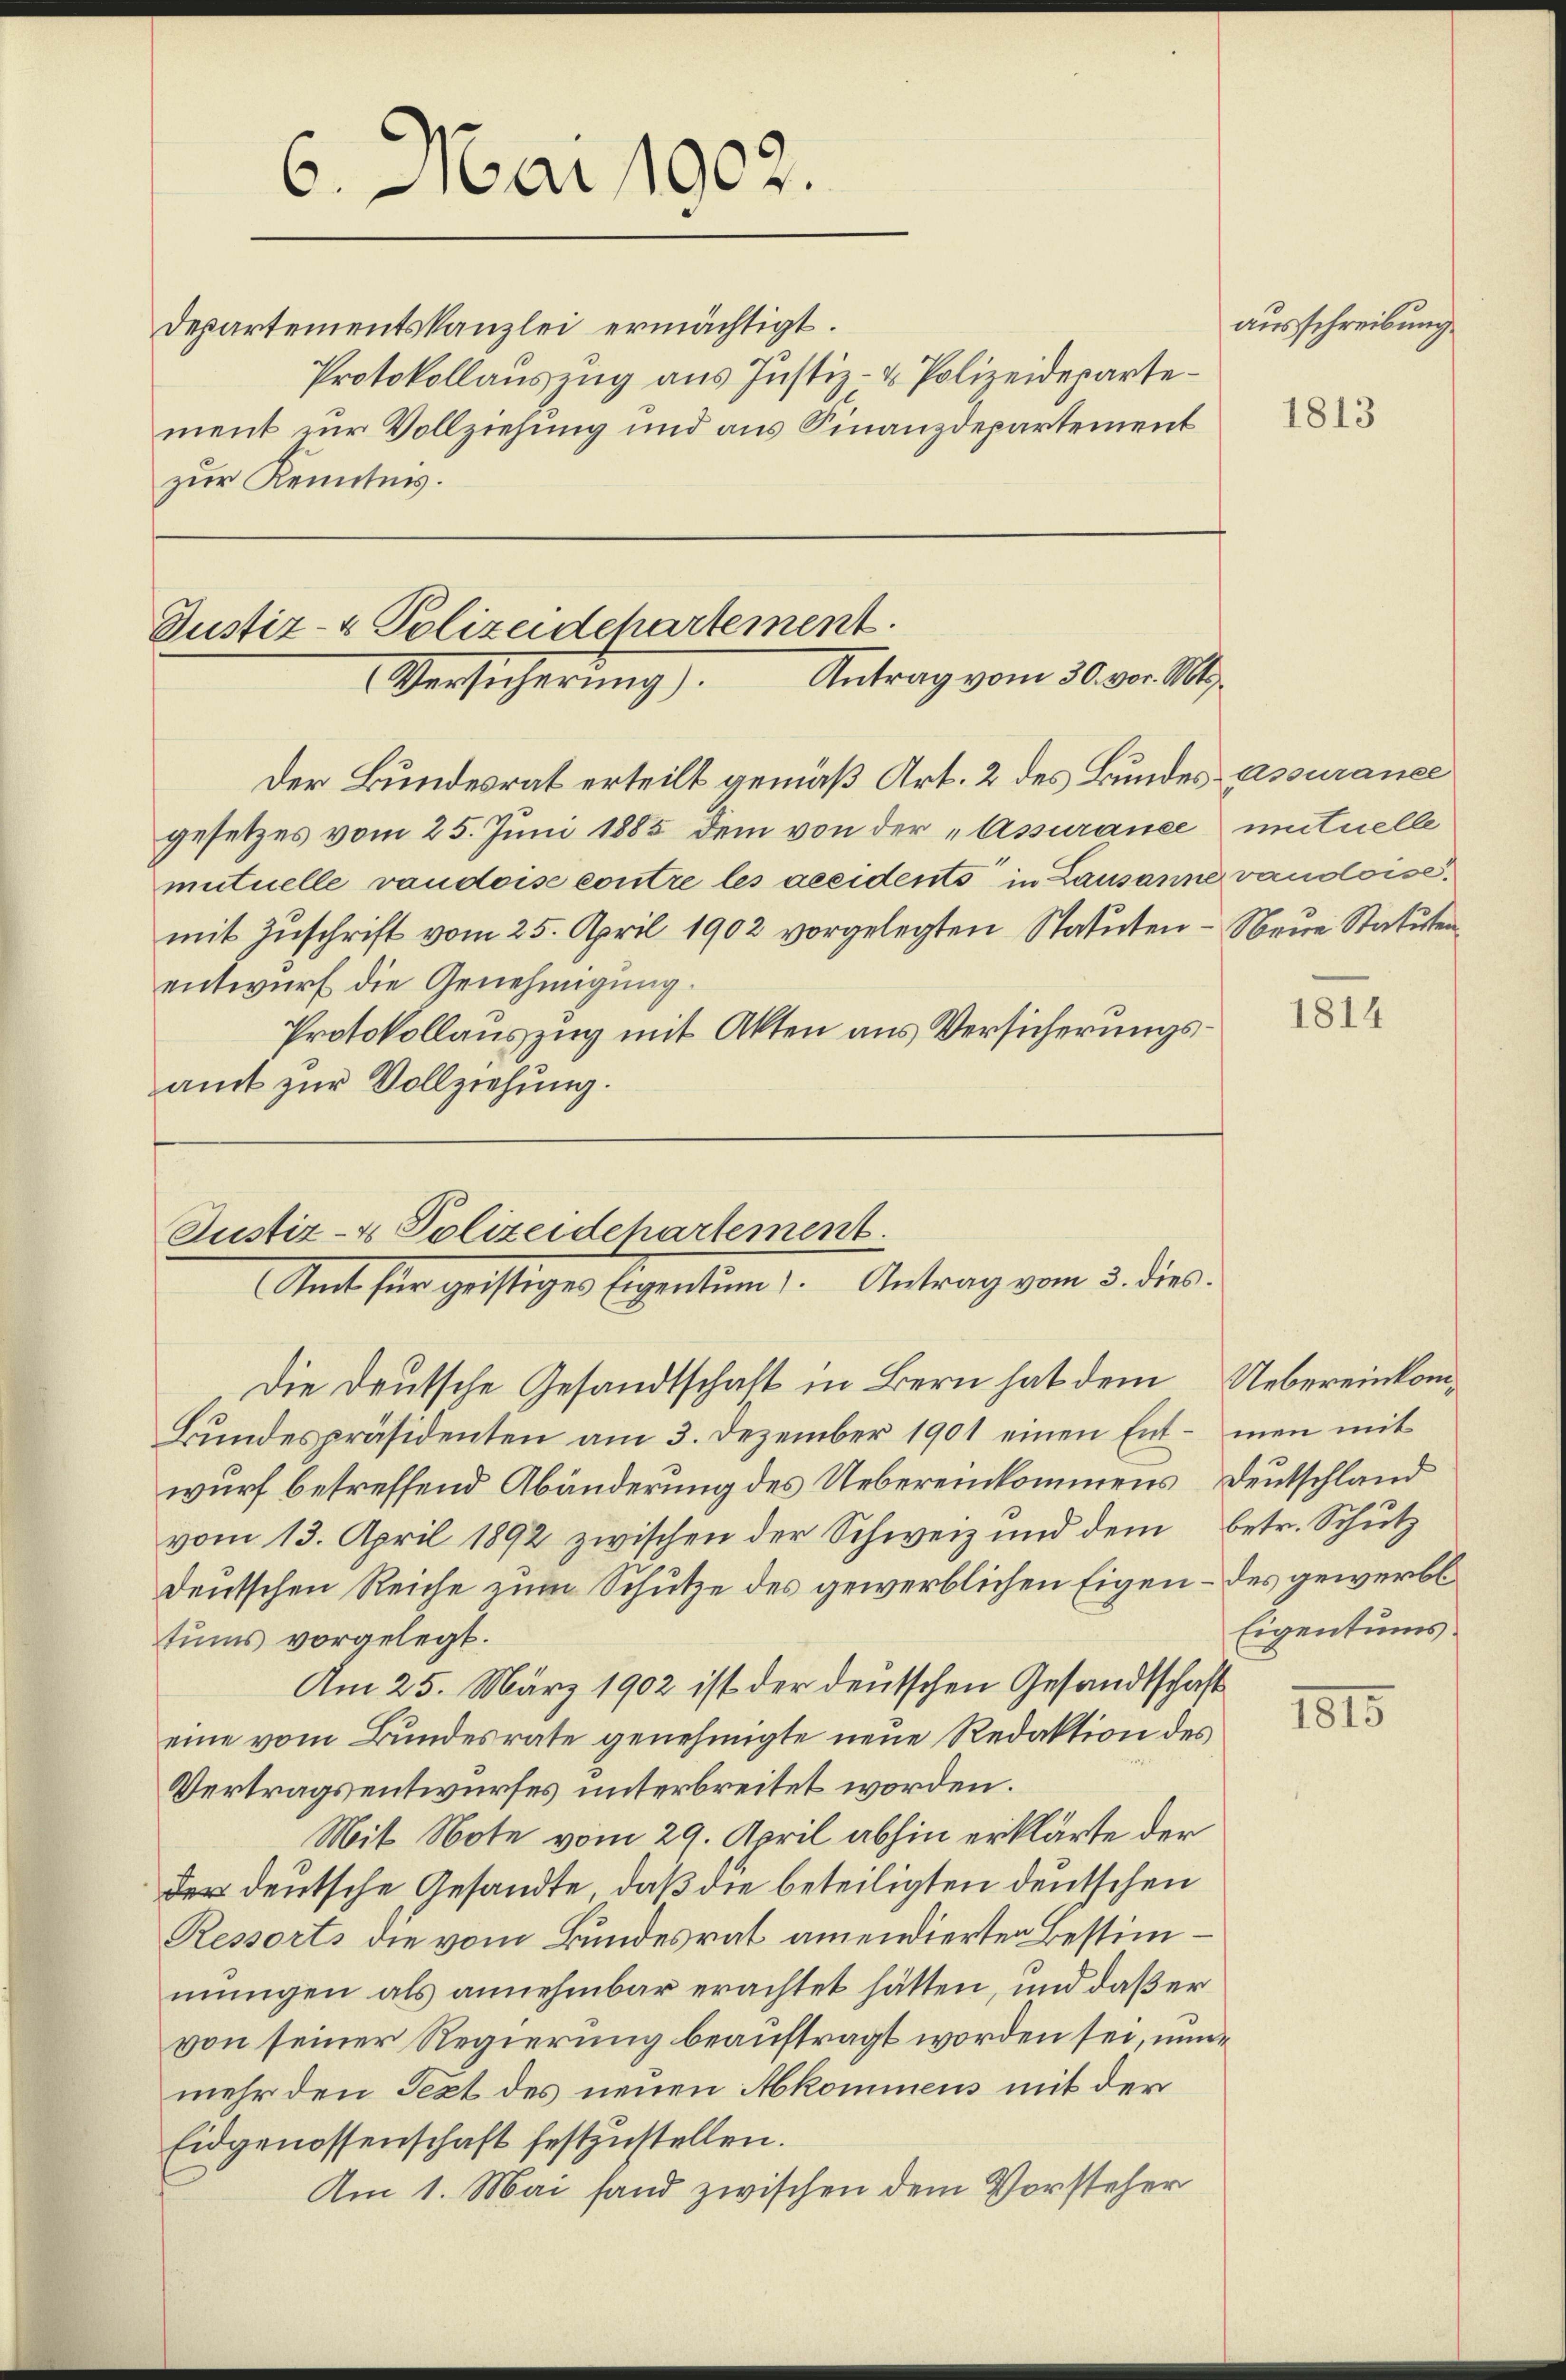
6. Mai 1902.

Departementskanzlei ermächtigt.
Protokollauszug aus Justiz- & Polizeidepartement zur Vollziehung und aus Finanzdepartement
zur Kenntnis.

Justiz- & Polizeidchartement.
Antrag vom 30. vor. Mts.
Versicherŭng

Der Bundesrat erteilt gemäß Art. 2 des Bundes assurance
gesetzes vom 25. Juni 1885 dem von der „Assurance intuelle
mutuelle vaudoise contre les geeidents in Lausanne vaudoise.
mit Zuschrift vom 25. April 1902 vorgelegten Statuten - Neue Statuten
entwurf die Genehmigung.
Protokollauszug mit Akten aus Versicherungsamt zur Vollziehung.

Justiz- & Polizeidepartement.
Amt für geistiges Eigentum). Antrag vom 3. dies:
Die Deutsche Gesandtschaft in Bern hat dem Uebereinkom¬

Bŭndespräsidenten am 3. Dezember 1901 einen Ent- man mit
wurf betreffend Abänderung des Uebereinkommens Deutschland
vom 13. April 1892 zwischen der Schweiz und dem betr. Schutz
deutschen Reiche zum Schutze des gewerblichen Eigen – des gewerbl
tums vorgelegt.
Am 25. März 1902 ist der deutschen Gesandtschaft
eine vom Bundesrate genehmigte neue Redaktion des
Vertragsentwurfes unterbreitet worden.
Mit Note vom 29. April abhin erklärte der
der deutsche Gesandte, daß die beteiligten deutschen
Ressorts die vom Bundesrat amendierten Bestimmungen als annehmbar erachtet hätten, und daß er
von seiner Regierung beauftragt worden sei, nunmehr den Text des neuen Akommens mit der
Eidgenossenschaft festzustellen.
Am 1. Mai fand zwischen dem Vorsteher

ausschreibung

1813

1814

Eigentums.

1815